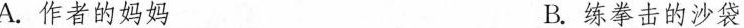
A.作者的妈妈 B.练拳击的沙袋